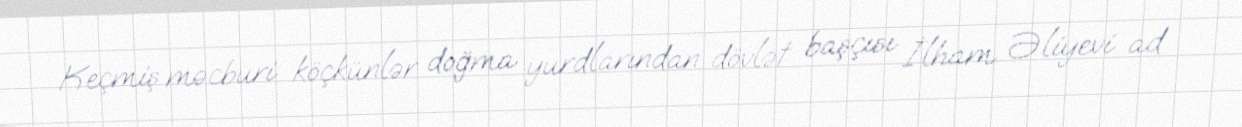
Keçmiş məcburi köçkünlər doğma yurdlarından dövlət başçısı İlham Əliyevi ad